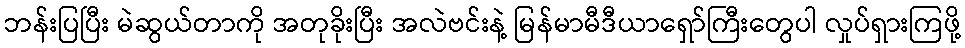
ဘန်းပြပြီး မဲဆွယ်တာကို အတုခိုးပြီး အလဲဗင်းနဲ့ မြန်မာမီဒီယာရှော်ကြီးတွေပါ လှုပ်ရှားကြဖို့